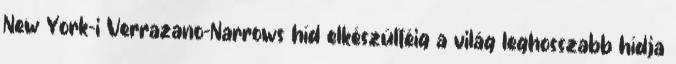
New York-i Verrazano-Narrows híd elkészültéig a világ leghosszabb hídja